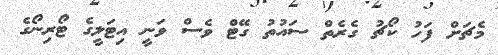
މެޗަށް ފަހު ކޯޗު ގެރެތް ސައުތު ގޭޓް ވެސް ވަނީ އިޓަލީގެ ޓޯރިނޯގެ